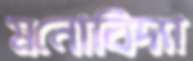
মনোবিদ্যা